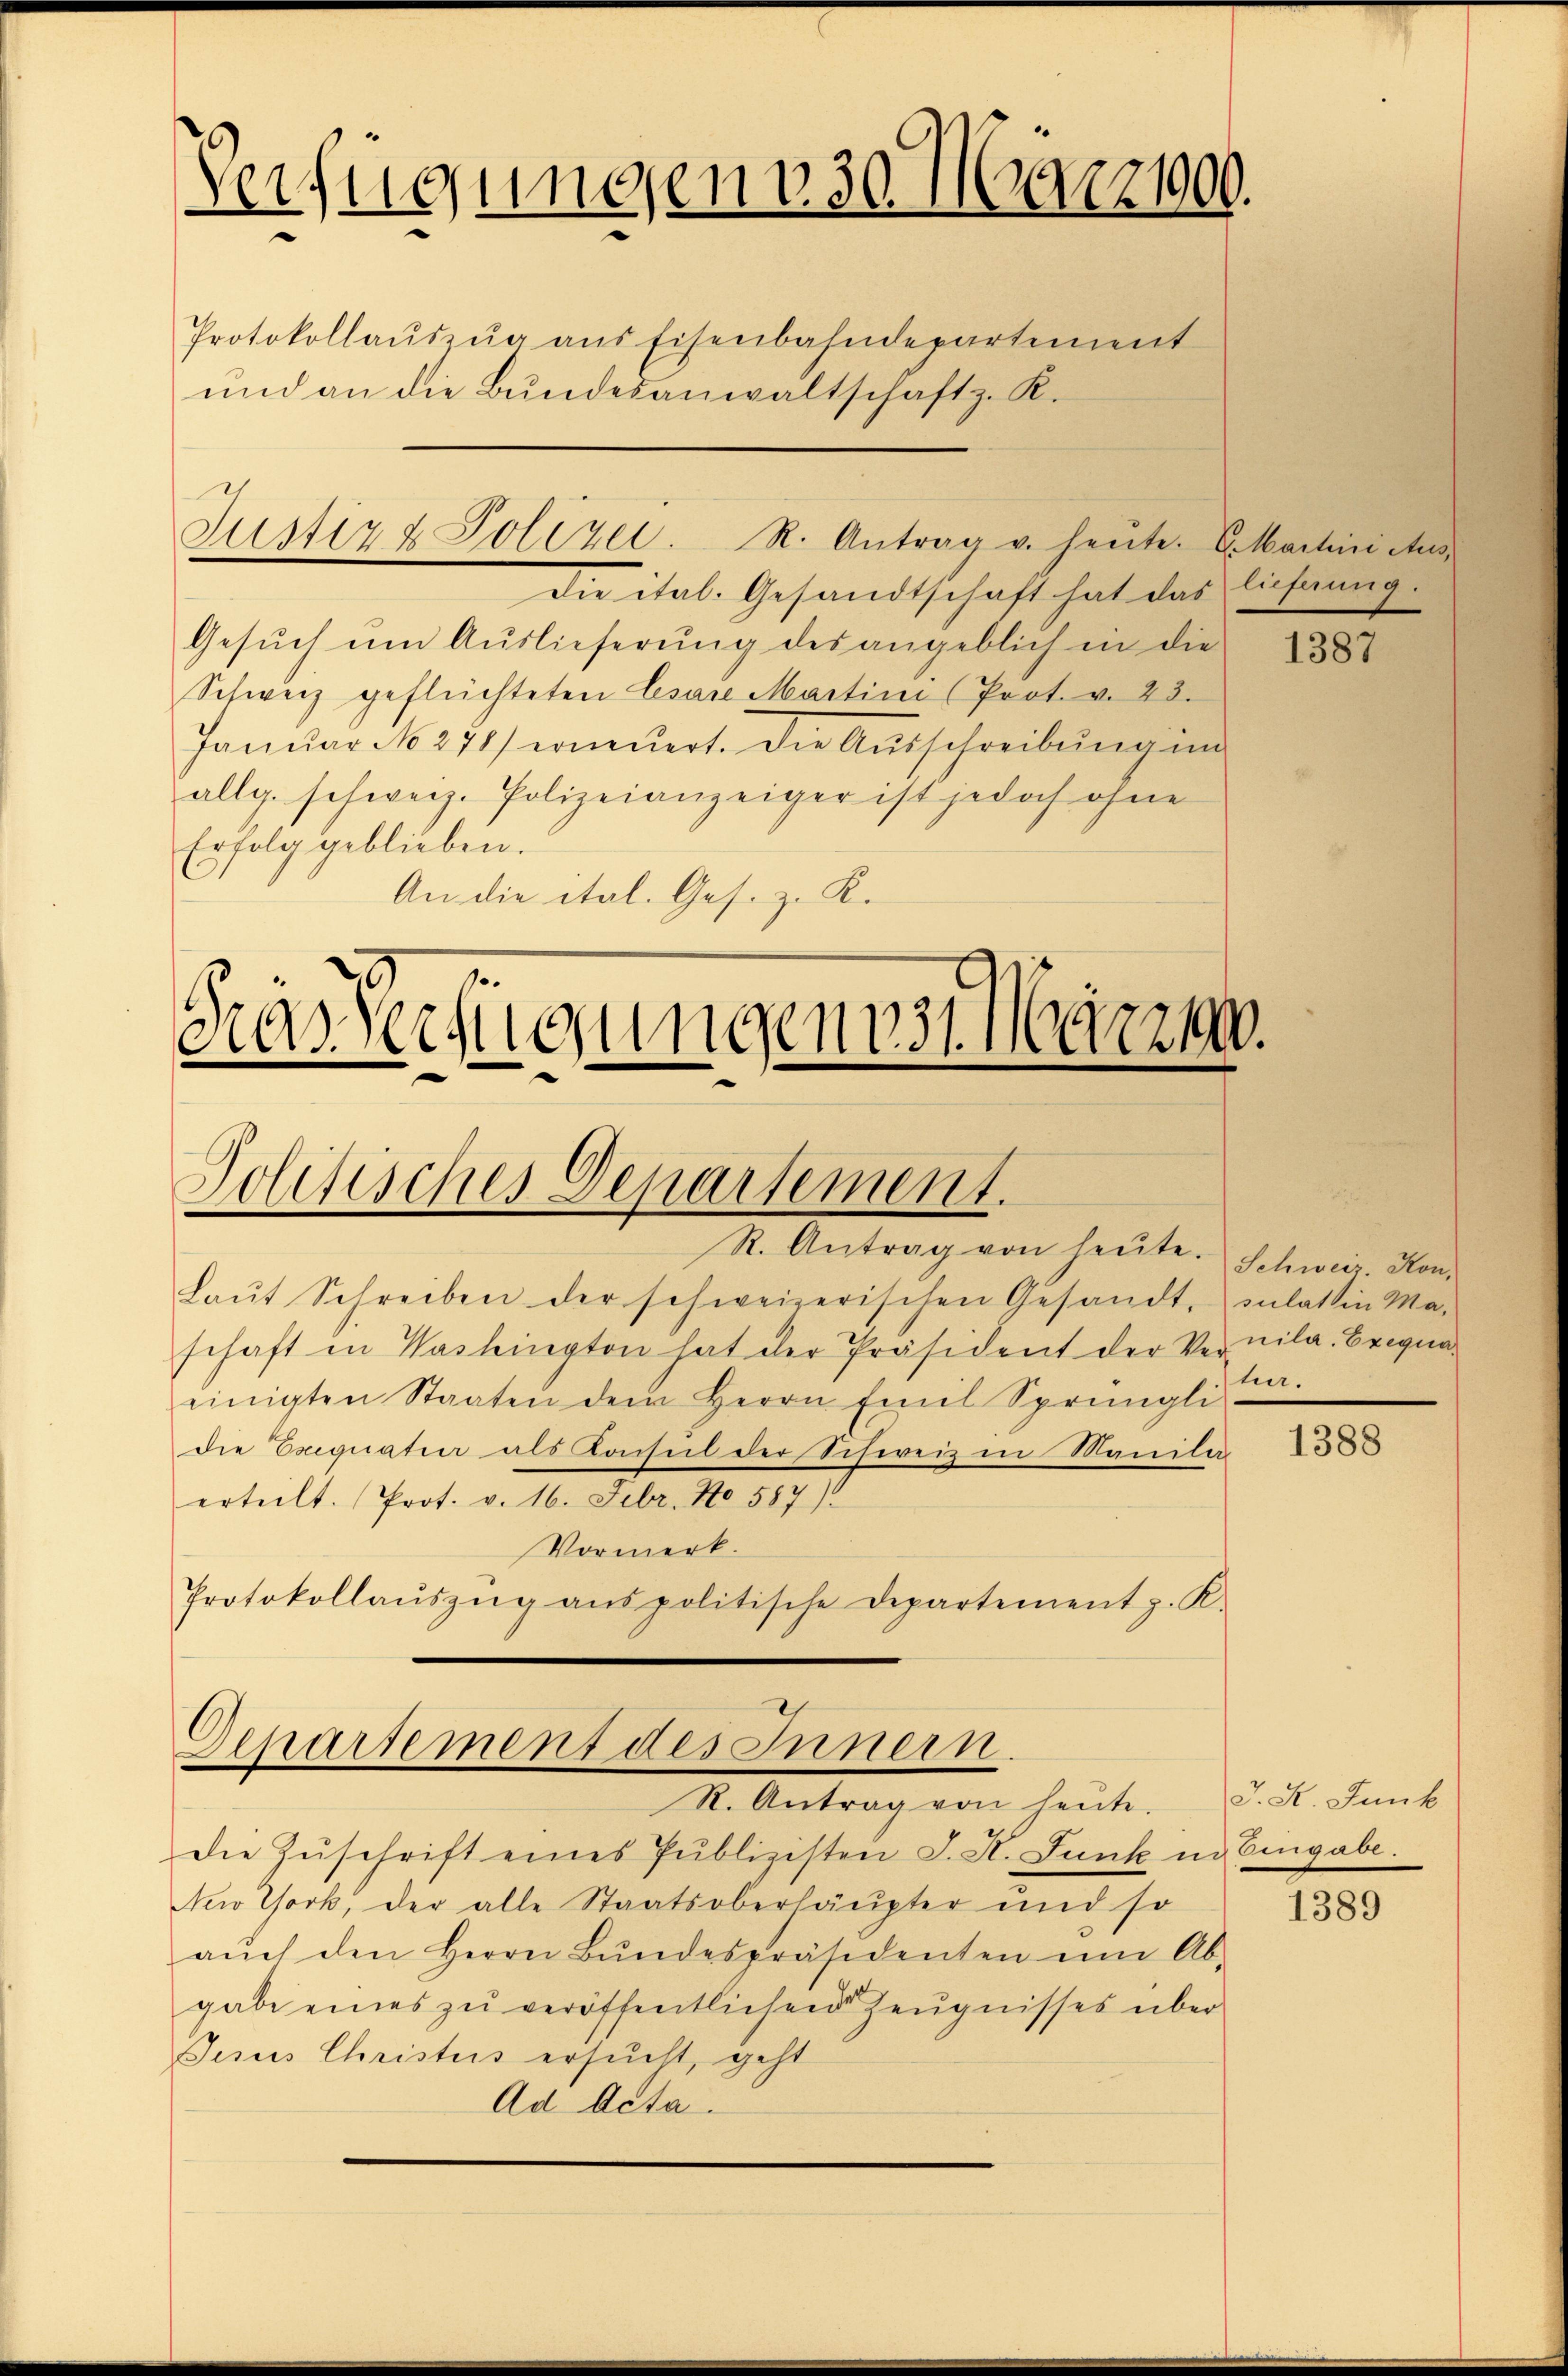
Verfügungen 130. 121900.

Protokollaŭszŭg ans Eisenbahndepartement
und an die Bŭndesanwaltschaft z. R.

Justiz & Polizei. R. Antrag v. heute. G. Martini Aus-

die ital. Gesandtschaft hat das lichnung.
Gesŭch ŭm Aŭslieferŭng des angeblich in die
Schweiz geflüchteten Cesare Martini (Prot. v. 23.
Janŭar No 271) erneŭert. Die Aŭsschreibŭng im
allg. schweiz. Polizeianzeiger ist jedoch ohne
Erfolg geblieben.
An die ital. Ges. z. K.

Krasseligungenos. Märzen.
Politisches Departement.
R. Antrag von heute. Schweiz. Kon¬

Departement des Innern.
R. Antrag von heute.

Laŭt Schreiben der schweizerischen Gesandt, zulatin Ma-
schaft in Washington hat der Präsident der Vernila. Exequa-
einigten Staaten dem Herrn Emil Sprüngli
die Exequaten als Konsul der Schweiz in Manila
erteilt. Prot. v. 16. Febr. No 587)
Vormerk.
Protokollaŭszŭg anspolitische Departement z. K.

die Zŭschrift eines Publizisten J. A. Funk in Eingabe.
New York, der alle Staatsoberhäupter und so
aŭch den Herrn Bŭndespräsidenten ŭm Ab-
gabe eines zu veröffentlichen Zeugnisses über
Jesus Christus ersucht, geht
Ad Acta.

1387

tur.

1388

J. K. Junk

1389